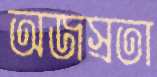
অজস্রতা